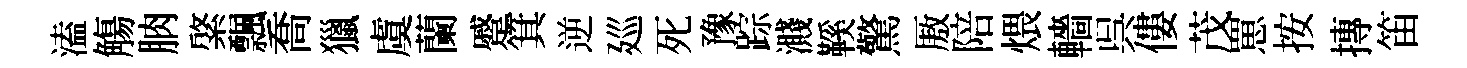
溘觴朒綮飄喬獵虞蘭蹙箕逆廵死豫踪濺鞵驚厫陪煨轖呉僂茂罳按摶笛